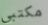
مكتبي